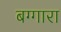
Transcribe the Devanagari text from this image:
बग्गारा